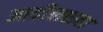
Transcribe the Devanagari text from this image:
आदीलशहा